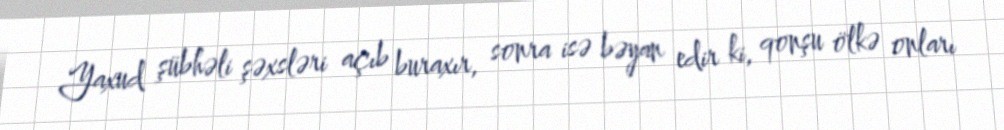
Yaxud şübhəli şəxsləri açıb buraxır, sonra isə bəyan edir ki, qonşu ölkə onları